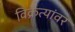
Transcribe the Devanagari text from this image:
विक्रेत्यांवर